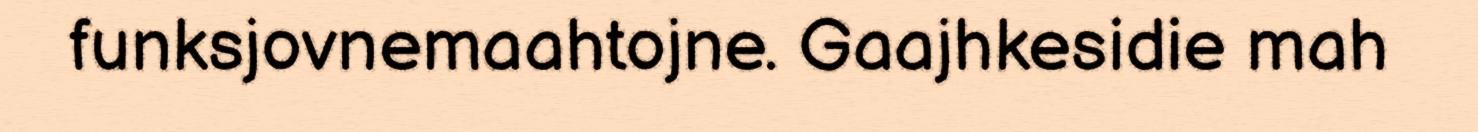
funksjovnemaahtojne. Gaajhkesidie mah